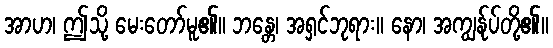
အာဟ၊ ဤသို့ မေးတော်မူ၏။ ဘန္တေ၊ အရှင်ဘုရား။ နော၊ အကျွန်ုပ်တို့၏။